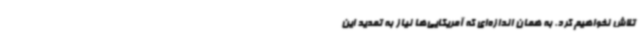
تلاش نخواهیم کرد. به همان اندازه‌ای که آمریکایی‌ها نیاز به تمدید این